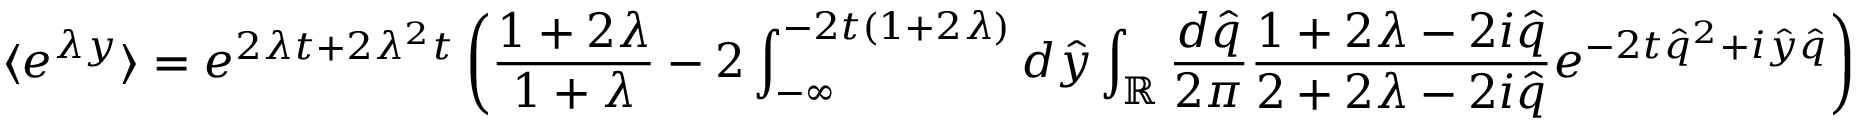
\langle e ^ { \lambda y } \rangle = e ^ { 2 \lambda t + 2 \lambda ^ { 2 } t } \left( \frac { 1 + 2 \lambda } { 1 + \lambda } - 2 \int _ { - \infty } ^ { - 2 t ( 1 + 2 \lambda ) } d \hat { y } \int _ { \mathbb { R } } \frac { d \hat { q } } { 2 \pi } \frac { 1 + 2 \lambda - 2 i \hat { q } } { 2 + 2 \lambda - 2 i \hat { q } } e ^ { - 2 t \hat { q } ^ { 2 } + i \hat { y } \hat { q } } \right)